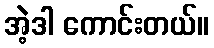
အဲ့ဒါ ကောင်းတယ်။